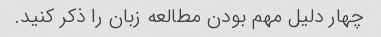
چهار دلیل مهم بودن مطالعه زبان را ذکر کنید.